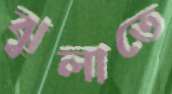
ঝুলাতে